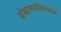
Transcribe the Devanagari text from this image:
घेवाणविषयक